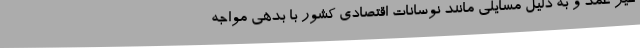
غیر عمد و به دلیل مسایلی مانند نوسانات اقتصادی کشور با بدهی مواجه